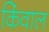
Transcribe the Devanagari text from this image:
किंवाल